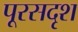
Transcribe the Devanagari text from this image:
पूरसदृश